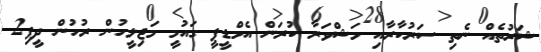
ޝަރުތެއް ނެތި ސަރުކާރާއި މަޝްވަރާ ކުރަން އެމްޑީޕީ ގައުމީ މަޖިލީހުން ރުހުން ދީފި2